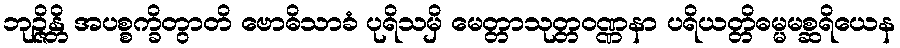
ဘုဉ္ဇိန္တိ အပစ္စက္ခိတွာတိ ဗောဓိသာခံ ပုရိသမှိ မေတ္တာသုတ္တဝဏ္ဏနာ ပရိယတ္တိဓမ္မမစ္ဆရိယေန